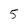
Character: 5